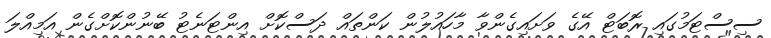
ސިސްޓަމުގައި ރޮބަޓް އޭގެ ވަށައިގެންވާ މާހައުލުން ކަންތައް ދަސްކޮށް އިންޓަނެޓު ބޭނުންކޮށްގެން އަމިއްލަ